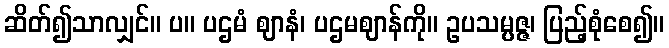
ဆိတ်၍သာလျှင်။ ပ။ ပဌမံ ဈာနံ၊ ပဌမဈာန်ကို။ ဥပသမ္ပဇ္ဇ၊ ပြည့်စုံစေ၍။